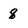
Character: 8